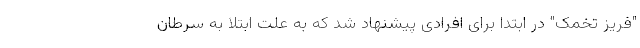
"فریز تخمک" در ابتدا برای افرادی پیشنهاد شد که به علت ابتلا به سرطان